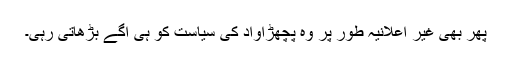
پھر بھی غیر اعلانیہ طور پر وہ پچھڑاواد کی سیاست کو ہی آگے بڑھاتی رہی۔